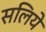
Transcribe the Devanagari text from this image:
सलिये